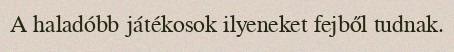
A haladóbb játékosok ilyeneket fejből tudnak.